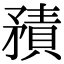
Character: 𥎍